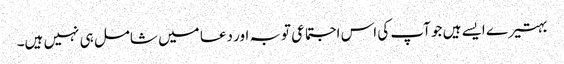
بہتیرے ایسے ہیں جو آپ کی اس اجتماعی توبہ اور دعا میں شامل ہی نہیں ہیں۔